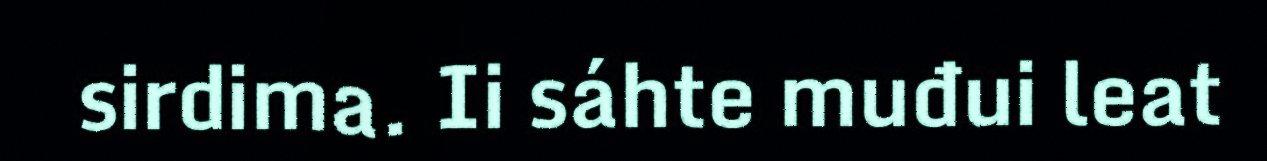
sirdima. Ii sáhte muđui leat